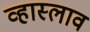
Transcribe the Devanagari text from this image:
व्हास्लाव